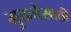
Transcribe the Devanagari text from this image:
मुक्ततेसाठी